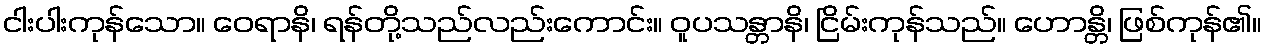
ငါးပါးကုန်သော။ ဝေရာနိ၊ ရန်တို့သည်လည်းကောင်း။ ဝူပသန္တာနိ၊ ငြိမ်းကုန်သည်။ ဟောန္တိ၊ ဖြစ်ကုန်၏။